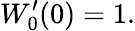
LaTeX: W_{0}^{\prime}(0)=1.